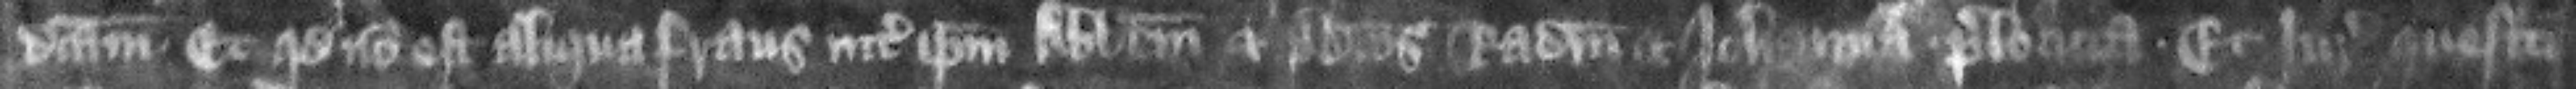
dictam. et quod non est aliqua fraus inter ipsum abbatem et predictos Radulfum et Iohannam prelocuta. Et iuratores quesiti de